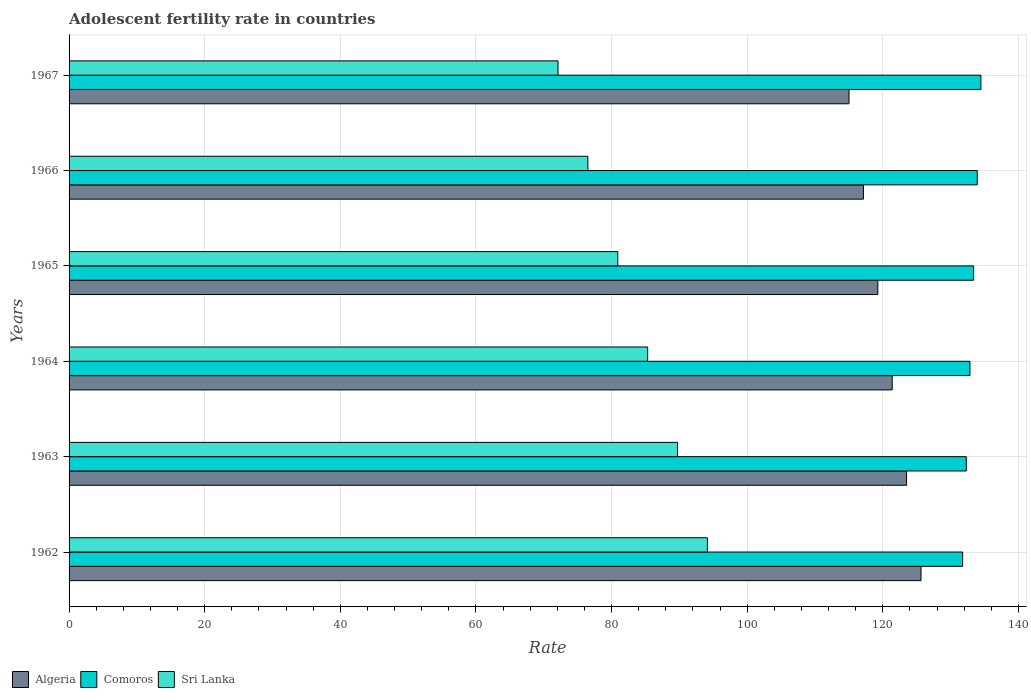
| Years | Algeria | Comoros | Sri Lanka |
 | --- | --- | --- | --- |
 | 1962 | 126 | 132 | 94.1 |
 | 1963 | 124 | 132 | 89.7 |
 | 1964 | 121 | 133 | 85.3 |
 | 1965 | 119 | 133 | 80.9 |
 | 1966 | 117 | 134 | 76.5 |
 | 1967 | 115 | 134 | 72.1 |